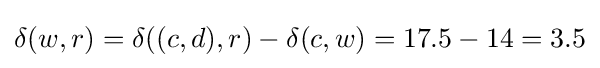
\delta (w,r)=\delta ((c,d),r)-\delta (c,w)=17.5-14=3.5